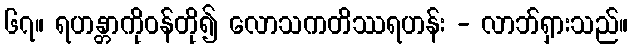
၆၇။ ရဟန္တာကိုဝန်တို၍ လောသကတိဿရဟန်း - လာဘ်ရှားသည်။